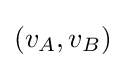
(v_{A},v_{B})